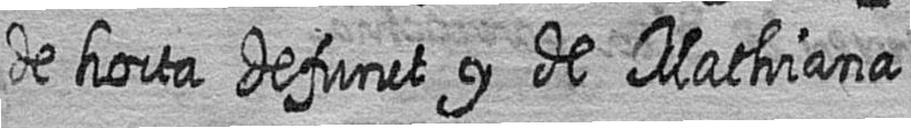
de horta defunct y de Mathiana